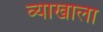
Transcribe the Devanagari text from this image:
व्‍याखाला